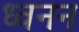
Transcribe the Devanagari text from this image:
ध्वनन